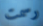
رسمت